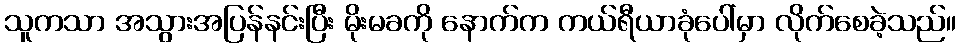
သူကသာ အသွားအပြန်နင်းပြီး မိုးမခကို နောက်က ကယ်ရီယာခုံပေါ်မှာ လိုက်စေခဲ့သည်။